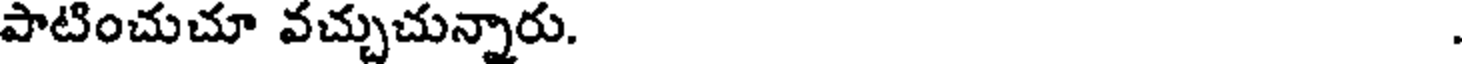
పాటించుచూ వచ్చుచున్నారు.